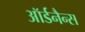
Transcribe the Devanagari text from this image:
ऑर्डनैन्स